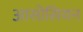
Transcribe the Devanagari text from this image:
आसोसियन